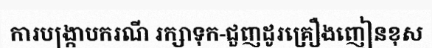
ការបង្ក្រាបករណី រក្សាទុក-ជួញដូរគ្រឿងញៀនខុស